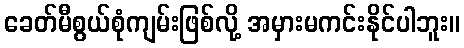
ခေတ်မီစွယ်စုံကျမ်းဖြစ်လို့ အမှားမကင်းနိုင်ပါဘူး။